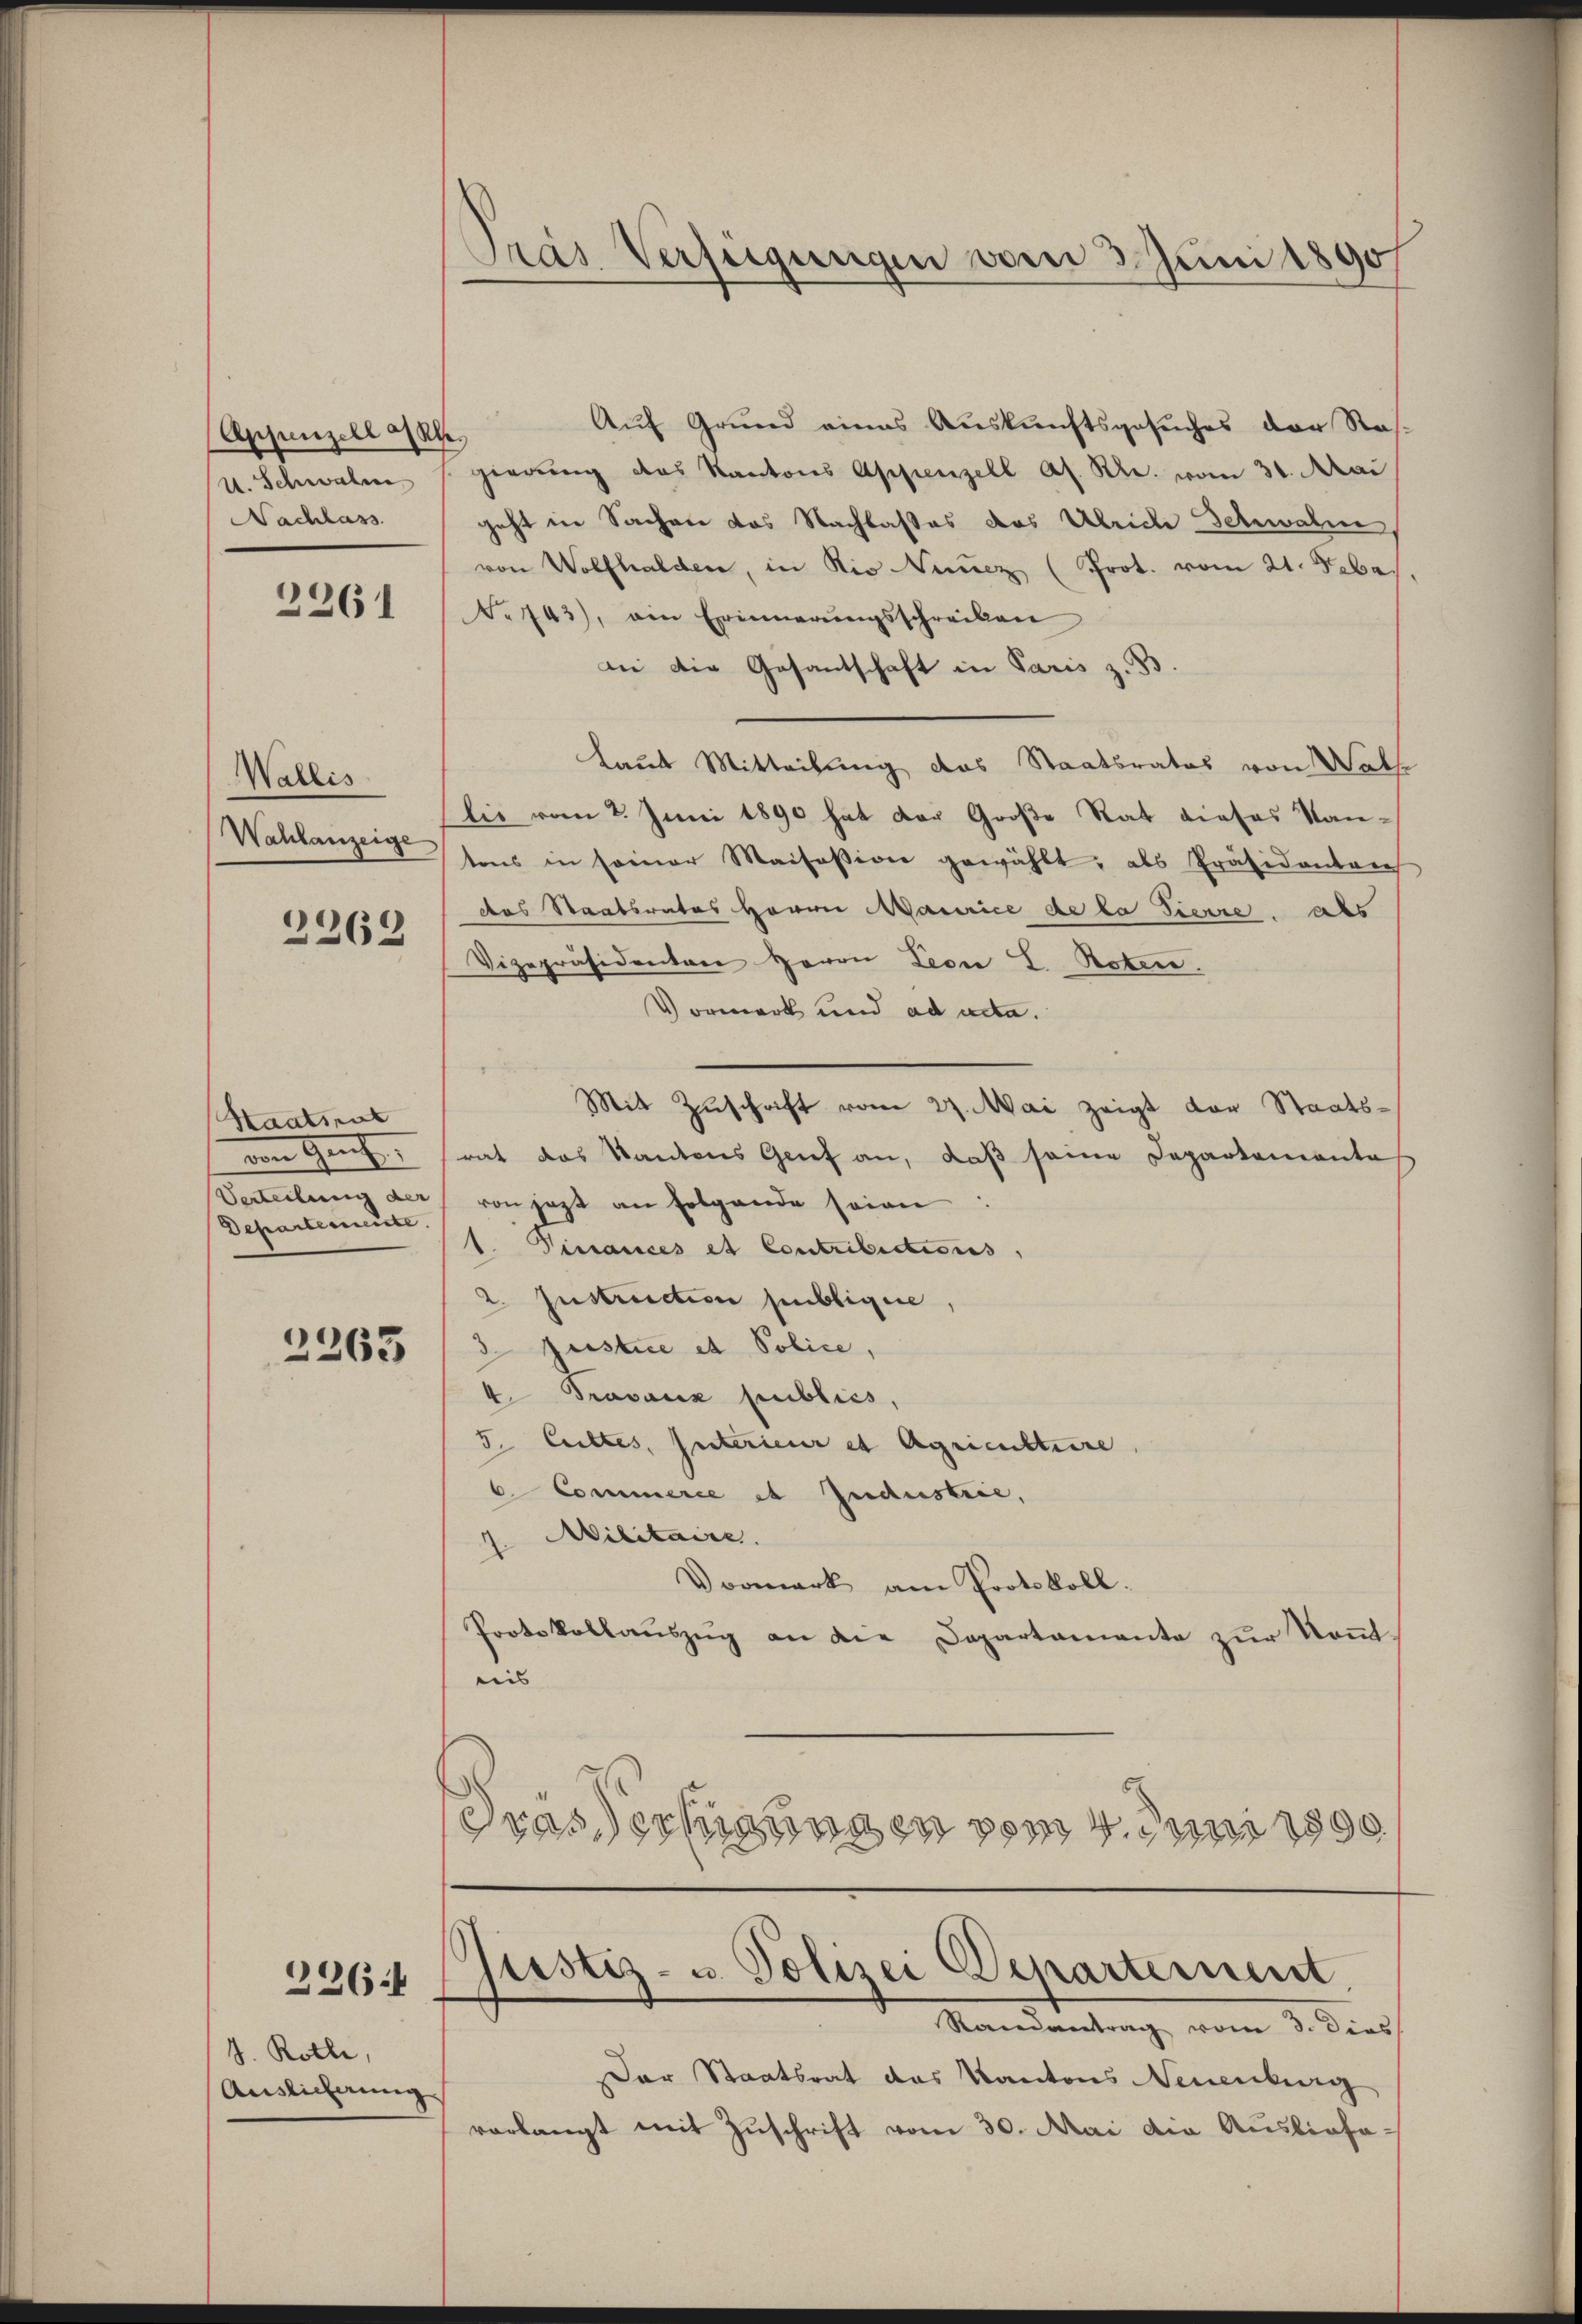
Appenzell Akl
Nachlass

2261

Wallis
Wahlanzeige

2269

Staatsrat
Departenmeiste.

2363

226

J. Kolle,
Auslieferung

Auf Grund eines Auskunftsgesuches der Res.
u. Schwalm gierung das Kantons Appenzell A. R. vom 31. Mai
geht in Sachen das Nachlasses des Ulrich Schwalm,
von Wolfhalden, in die Numez (Prot. vom 21. Febes,
No 743), ain Erinnerŭngsschreiben
Die die Gesantschaft in Paris z. B.
Laut Mitteilung das Staatsrates von Wall
lie vom 2. Juni 1890 hat der Große Rat dieses Kan-
tons in seiner Maisession gewählt, als Präsidenten
das Staatsrates Herrn Maurice de la Tierre. als
Vizepräsidenten Herrn Leon L. Roten.
Vormerk und ad acta.
Mit Zuschrift vom 27. Mai zeigt vor Staatsvon Genf, frat das Kantons Grief an, daß seine Departementas
Verteilung der von jezt an Folgende seien
1. Vissances et Contribictions,
2. Instruction publigene,
3. Justice et Police,
4. Travaux publics,
5. Cettes, Interieur et Agriculture
6. Commerce et Industrie,
Militaire.
Vormerk am Protokoll.
Protokollauszug an die Departamente zur Kenntriis
Trassertigungen vom 4. Juni 1890

d
Pras Verfügungen vom 3. Juni 1890

justiz- u. Polizei Departement
Randantrag vom 3. dies

Der Staatsrat das Kantons Neuenburg
)
vorlangt mit Zuschrift vom 30. Mai die Ausliefe¬